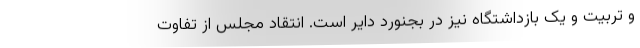
و تربیت و یک بازداشتگاه نیز در بجنورد دایر است. انتقاد مجلس از تفاوت